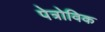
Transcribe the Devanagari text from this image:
पेत्रोविक